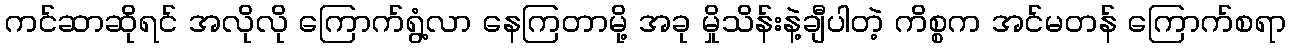
ကင်ဆာဆိုရင် အလိုလို ကြောက်ရွံ့လာ နေကြတာမို့ အခု မှိုသိန်းနဲ့ချီပါတဲ့ ကိစ္စက အင်မတန် ကြောက်စရာ